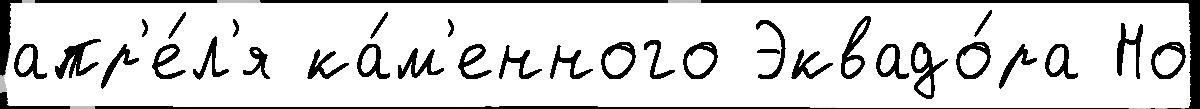
апр'е́л'я ка́м'енного Эквадо́ра Но